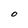
Character: O